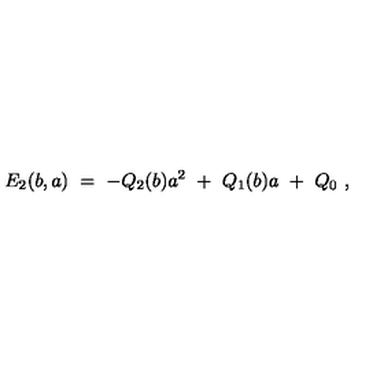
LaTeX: E _ { 2 } ( b , a ) \ = \ - Q _ { 2 } ( b ) a ^ { 2 } \ + \ Q _ { 1 } ( b ) a \ + \ Q _ { 0 } \ ,